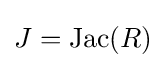
J=\operatorname {Jac} (R)